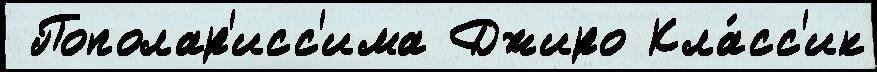
 Пополар'исс'има Джиро Кла́сс'ик